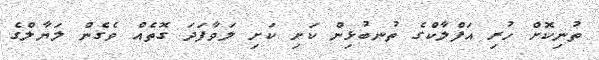
ތުނިކޮށް ހުރި އަފްލާކްގެ ތުނބުޅިން ކަށި ކަށި ލަވާފަދަ ގޮތެއް ވެގެން ލަޔާލްގެ